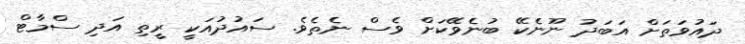
ދައުވަތަށް އަބަދު ނޫނެކޭ ބުނެވޭކަށް ވެސް ނެތެވެ. ސައުދުއަކީ ރީތި އަދި ސްމާޓް